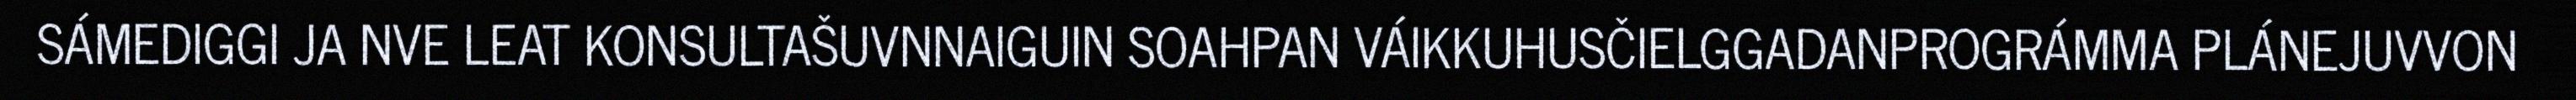
SÁMEDIGGI JA NVE LEAT KONSULTAŠUVNNAIGUIN SOAHPAN VÁIKKUHUSČIELGGADANPROGRÁMMA PLÁNEJUVVON